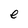
Character: e